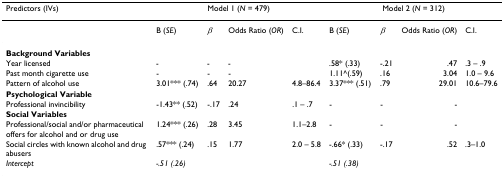
<table><thead><tr><td><b>Predictors (IVs)</b></td><td colspan="4"><b>Model 1 (<i>N </i>= 479)</b></td><td colspan="4"><b>Model 2 (<i>N </i>= 312)</b></td></tr></thead><tbody><tr><td></td><td>B (<i>SE</i>)</td><td><i>β</i></td><td>Odds Ratio (<i>OR</i>)</td><td>C.I.</td><td>B (<i>SE</i>)</td><td><i>β</i></td><td>Odds Ratio (<i>OR</i>)</td><td>C.I.</td></tr><tr><td><b>Background Variables</b></td><td></td><td></td><td></td><td></td><td></td><td></td><td></td><td></td></tr><tr><td>Year licensed</td><td>-</td><td>-</td><td>-</td><td></td><td>.58* (.33)</td><td>-.21</td><td>.47</td><td>.3 – .9</td></tr><tr><td>Past month cigarette use</td><td>-</td><td>-</td><td>-</td><td></td><td>1.11^(.59)</td><td>.16</td><td>3.04</td><td>1.0 – 9.6</td></tr><tr><td>Pattern of alcohol use</td><td>3.01*** (.74)</td><td>.64</td><td>20.27</td><td>4.8–86.4</td><td>3.37*** (.51)</td><td>.79</td><td>29.01</td><td>10.6–79.6</td></tr><tr><td><b>Psychological Variable</b></td><td></td><td></td><td></td><td></td><td></td><td></td><td></td><td></td></tr><tr><td>Professional invincibility</td><td>-1.43** (.52)</td><td>-.17</td><td>.24</td><td>.1 – .7</td><td>-</td><td>-</td><td>-</td><td></td></tr><tr><td><b>Social Variables</b></td><td></td><td></td><td></td><td></td><td></td><td></td><td></td><td></td></tr><tr><td>Professional/social and/or pharmaceutical offers for alcohol and or drug use</td><td>1.24*** (.26)</td><td>.28</td><td>3.45</td><td>1.1–2.8</td><td>-</td><td>-</td><td>-</td><td></td></tr><tr><td>Social circles with known alcohol and drug abusers</td><td>.57*** (.24)</td><td>.15</td><td>1.77</td><td>2.0 – 5.8</td><td>-.66* (.33)</td><td>-.17</td><td>.52</td><td>.3–1.0</td></tr><tr><td><i>Intercept</i></td><td><i>-.51 (.26)</i></td><td></td><td></td><td></td><td><i>-.51 (.38)</i></td><td></td><td></td><td></td></tr></tbody></table>